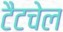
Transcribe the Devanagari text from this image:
टैटचेल